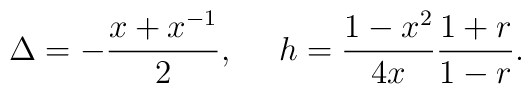
\Delta=-\frac{x+x^{-1}}{2}, ~~~~h=\frac{1-x^2}{4x}\frac{1+r}{1-r}.